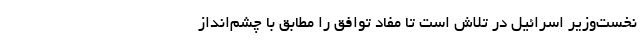
نخست‌وزیر اسرائیل در تلاش است تا مفاد توافق را مطابق با چشم‌انداز